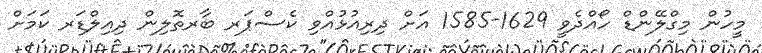
މީހުން މިގްލޭންޑް ހޯއްދެވީ 1629-1585 އަށް ދިރިއުޅުއްވި ކެސްޕަރ ބާރތޮލިން ދިއިލްޑަރ ކަމަށް